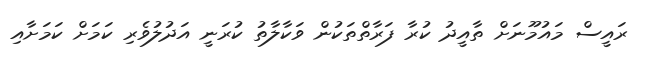
ރައީސް މައުމޫނަށް ތާއީދު ކުރާ ފަރާތްތަކުން ވަކާލާތު ކުރަނީ އަދުލުވެރި ކަމަށް ކަމަށާއި